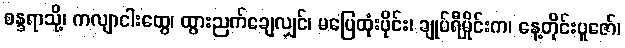
စန္ဒရာသို့၊ ကလျာငါးထွေ၊ ထွားညက်ချေလျှင်၊ မပြေထုံးပိုင်း၊ ချုပ်ရီမှိုင်းက၊ နေ့တိုင်းပူဇော်၊